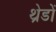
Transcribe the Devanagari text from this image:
थ्रेडों